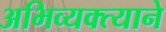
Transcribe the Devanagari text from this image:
अभिव्यक्त्याने